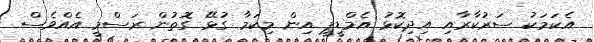
އެކަމަކު ސަރުކާރާއި އިދިކޮޅު އެމްޑީޕީ އިން މިކަމާ ގުޅޭ ގޮތުން ރަސްމީ އެއްވެސް